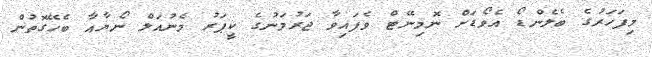
މިފަހަރުގެ ބެލެންޑޯ އެވޯޑަށް ނޮމިނޭޓް ވެފައިވާ ޖަރުމަނުގެ ކީޕަރު މެނުއަލް ނޯޔާއާ ބެހޭގޮތުން